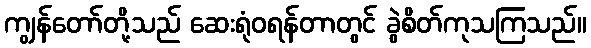
ကျွန်တော်တို့သည် ဆေးရုံဝရန်တာတွင် ခွဲစိတ်ကုသကြသည်။